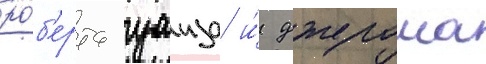
ро́б'ерта уаиза и́ джерома